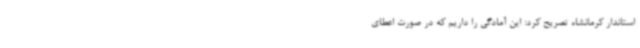
استاندار کرمانشاه تصریح کرد: این آمادگی را داریم که در صورت اعطای